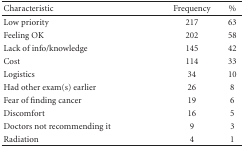
<table><thead><tr><td><b>Characteristic</b></td><td><b>Frequency</b></td><td><b>%</b></td></tr></thead><tbody><tr><td>Low priority</td><td>217</td><td>63</td></tr><tr><td>Feeling OK</td><td>202</td><td>58</td></tr><tr><td>Lack of info/knowledge</td><td>145</td><td>42</td></tr><tr><td>Cost</td><td>114</td><td>33</td></tr><tr><td>Logistics</td><td>34</td><td>10</td></tr><tr><td>Had other exam(s) earlier</td><td>26</td><td>8</td></tr><tr><td>Fear of finding cancer</td><td>19</td><td>6</td></tr><tr><td>Discomfort</td><td>16</td><td>5</td></tr><tr><td>Doctors not recommending it</td><td>9</td><td>3</td></tr><tr><td>Radiation</td><td>4</td><td>1</td></tr></tbody></table>